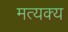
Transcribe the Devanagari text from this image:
मत्यक्य